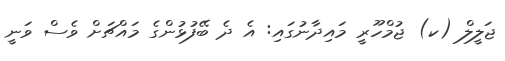
ޖަލީލް (ކ) ޖުމްހޫރީ މައިދާނުގައި: އެ ދެ ބޭފުޅުންގެ މައްޗަށް ވެސް ވަނީ